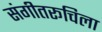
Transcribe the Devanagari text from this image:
संगीतरूचिला